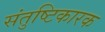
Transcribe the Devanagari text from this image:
संतुष्टिकारक